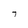
Character: 7